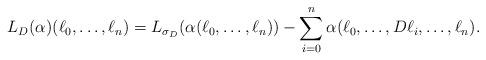
LaTeX: \begin{align*}L_D(\alpha)(\ell_0,\ldots,\ell_n) = L_{\sigma_D}(\alpha(\ell_0,\ldots,\ell_n)) - \sum_{i=0}^n \alpha(\ell_0,\ldots, D\ell_i, \ldots,\ell_n).\end{align*}